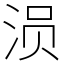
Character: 涢